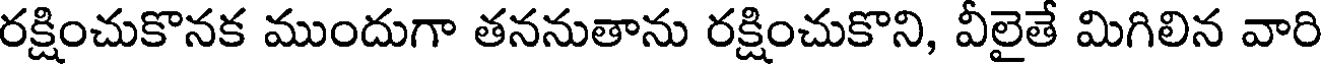
రక్షించుకొనక ముందుగా తననుతాను రక్షించుకొని, వీలైతే మిగిలిన వారి